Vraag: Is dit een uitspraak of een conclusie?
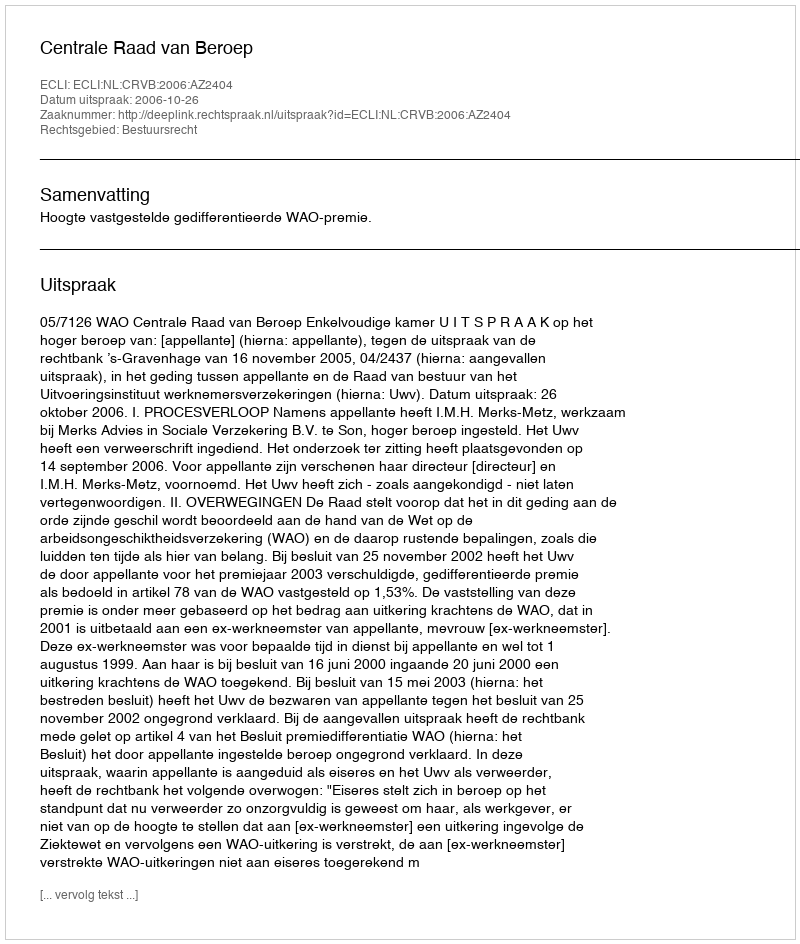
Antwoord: Uitspraak